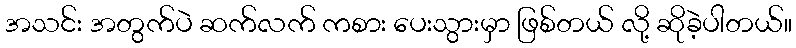
အသင်း အတွက်ပဲ ဆက်လက် ကစား ပေးသွားမှာ ဖြစ်တယ် လို့ ဆိုခဲ့ပါတယ်။